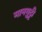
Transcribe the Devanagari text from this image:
मानगुट्टी